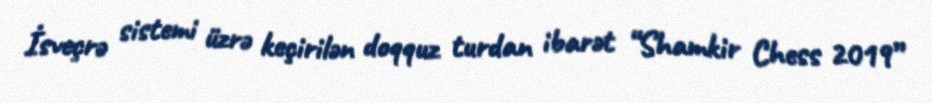
İsveçrə sistemi üzrə keçirilən doqquz turdan ibarət “Shamkir Chess 2019”